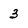
Character: 3